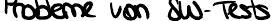
Probleme von SW-Tests